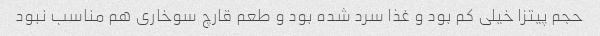
حجم پیتزا خیلی کم بود و غذا سرد شده بود و طعم قارچ سوخاری هم مناسب نبود